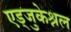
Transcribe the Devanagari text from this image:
एड्जुकेश्नल